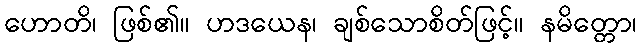
ဟောတိ၊ ဖြစ်၏။ ဟဒယေန၊ ချစ်သောစိတ်ဖြင့်။ နမိတ္တော၊